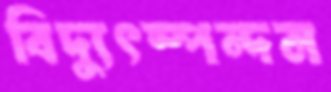
বিদ্যুৎস্পন্দন